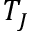
T _ { J }